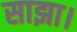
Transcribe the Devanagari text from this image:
साझा।